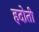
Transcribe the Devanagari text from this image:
हदोती